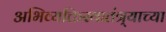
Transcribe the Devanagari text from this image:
अभिव्यक्तिस्वातंत्र्याच्या